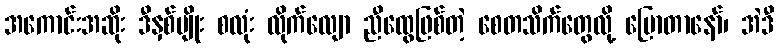
အကောင်းအဆိုး ဒီနှစ်မျိုး စလုံး လိုက်လျော ညီထွေဖြစ်တဲ့ စေတသိက်တွေလို့ ပြောတာနော်၊ အဲဒီ